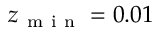
z _ { \mathrm { ~ m ~ i ~ n ~ } } = 0 . 0 1